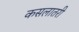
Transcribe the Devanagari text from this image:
कसलातरी